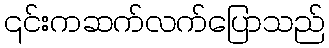
၎င်းကဆက်လက်ပြောသည်